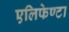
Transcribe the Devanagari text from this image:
एलिफेण्टा